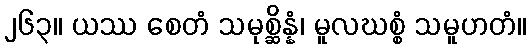
၂၆၃။ ယဿ စေတံ သမုစ္ဆိန္နံ၊ မူလဃစ္စံ သမူဟတံ။